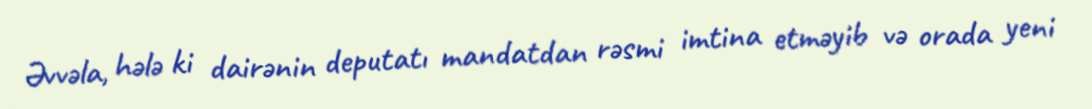
Əvvəla, hələ ki dairənin deputatı mandatdan rəsmi imtina etməyib və orada yeni